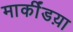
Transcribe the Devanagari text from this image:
मार्कींडय़ा